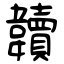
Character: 韥